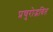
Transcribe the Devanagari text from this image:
प्रचुरोद्भवित